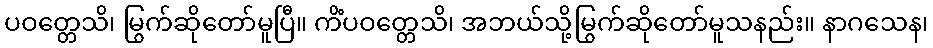
ပဝတ္တေသိ၊ မြွက်ဆိုတော်မူပြီ။ ကိံပဝတ္တေသိ၊ အဘယ်သို့မြွက်ဆိုတော်မူသနည်း။ နာဂသေန၊